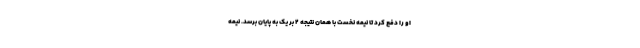
او را دفع کرد تا نیمه نخست با همان نتیجه ۲ بر یک به پایان برسد. نیمه